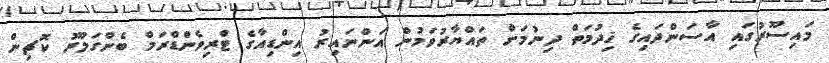
މައިސޫރުގައި އާސަންދައިގެ ޚިދުމަތް ދިނުމަށް ތައްޔާރުވަމުން އަންނައިރު އިންޑިއާގެ ޓްރިވެންޑްރަމް ބެންގަލޫރު ކޮޗިން